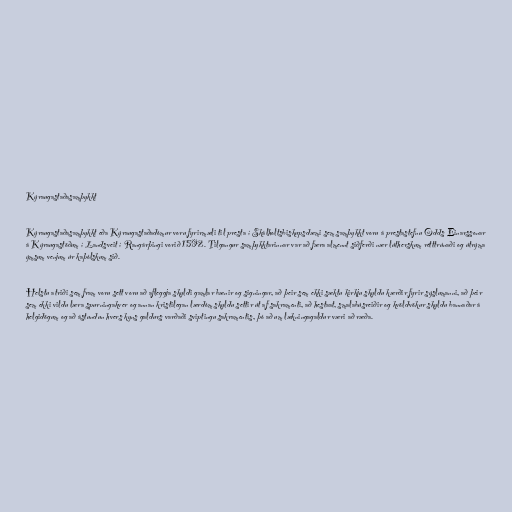
Kýraugastaðasamþykkt

Kýraugastaðasamþykkt eða Kýraugastaðadómur voru fyrirmæli til presta í Skálholtsbiskupsdæmi sem samþykkt voru á prestastefnu Odds Einarssonar
á Kýraugastöðum í Landsveit í Rangárþingi vorið 1592. Tilgangur samþykktarinnar var að færa almennt siðferði nær lútherskum rétttrúnaði og útrýma
ýmsum venjum úr kaþólskum sið.

Helstu atriði sem fram voru sett voru að afleggja skyldi gamlar bænir og signingar, að þeir sem ekki sæktu kirkju skyldu kærðir fyrir sýslumanni, að þeir
sem ekki vildu læra spurningakver og annan kristilegan lærdóm skyldu settir út af sakramenti, að hestaat, smalabúsreiðir og kvöldvökur skyldu bannaðar á
helgidögum og að ástundun hvers kyns galdurs varðaði sviptingu sakramentis, þó að um lækningagaldur væri að ræða.